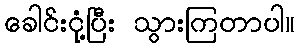
ခေါင်းငုံ့ပြီး သွားကြတာပါ။